Bréfritari: Sigríður Pálsdóttir
Viðtakandi: Páll Pálsson
Dagsetning: A-1849-08-02
Skrifað á: Hraungerði  Árn.
Páll var bróðir Sigríðar

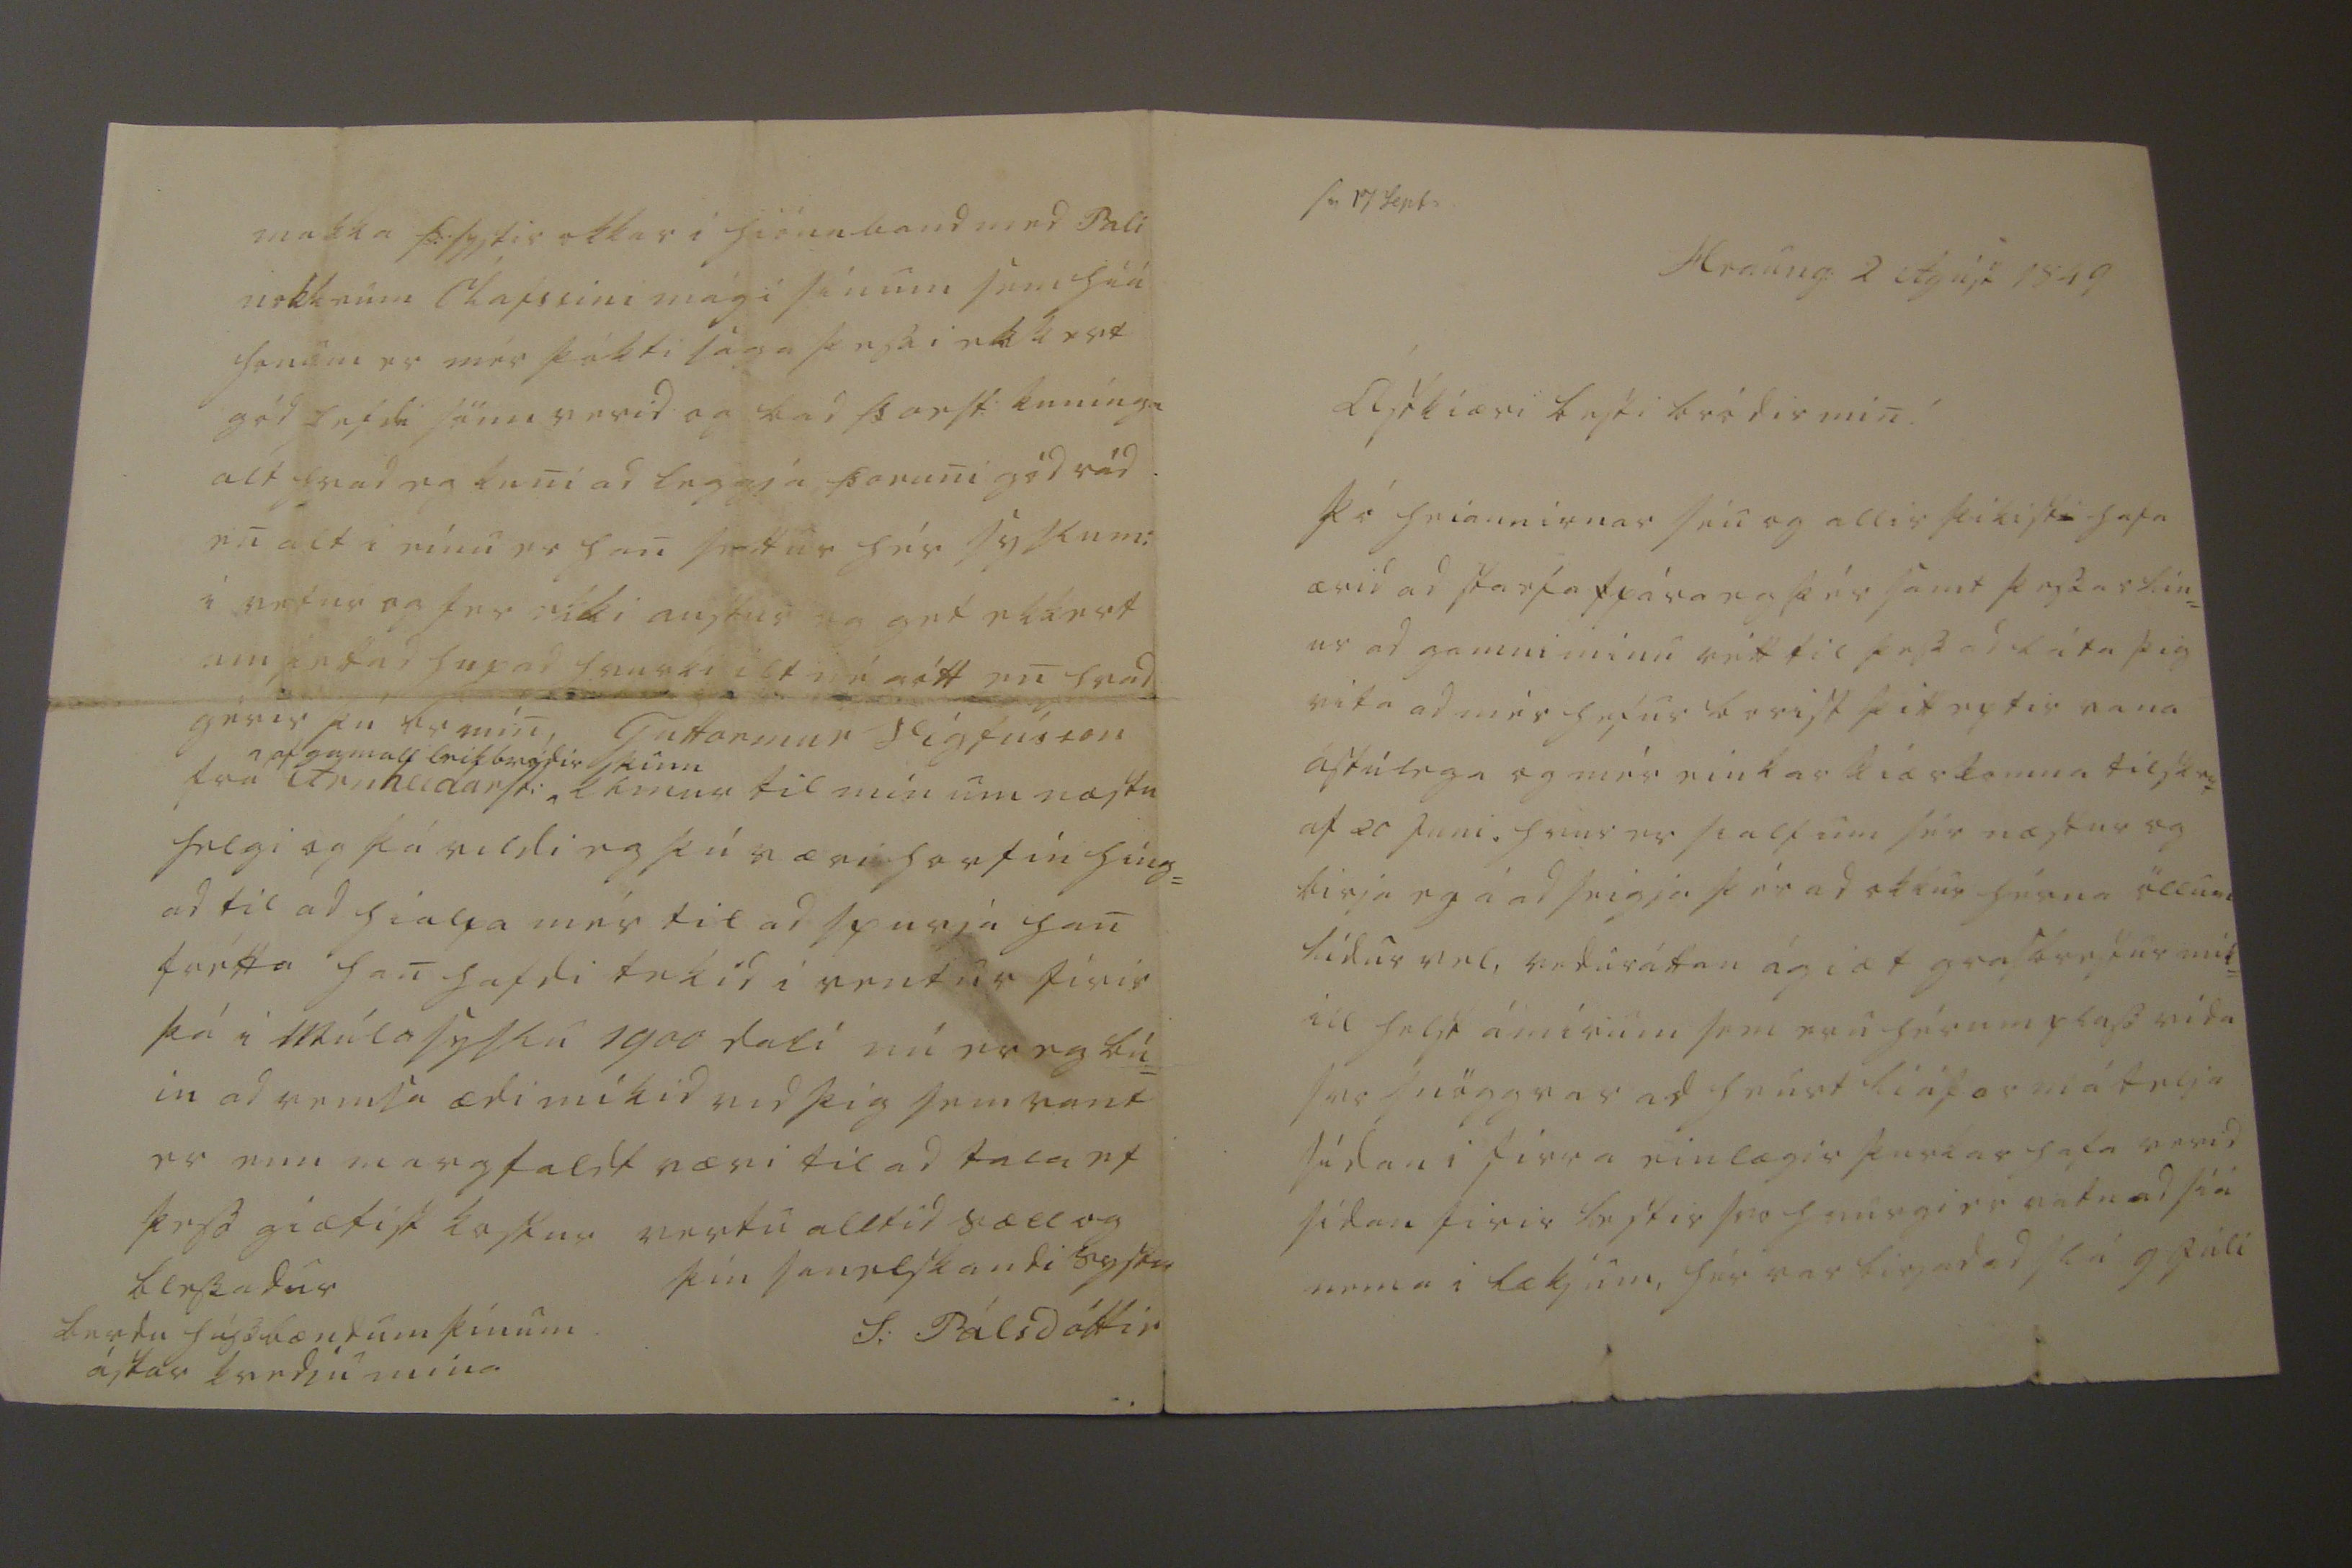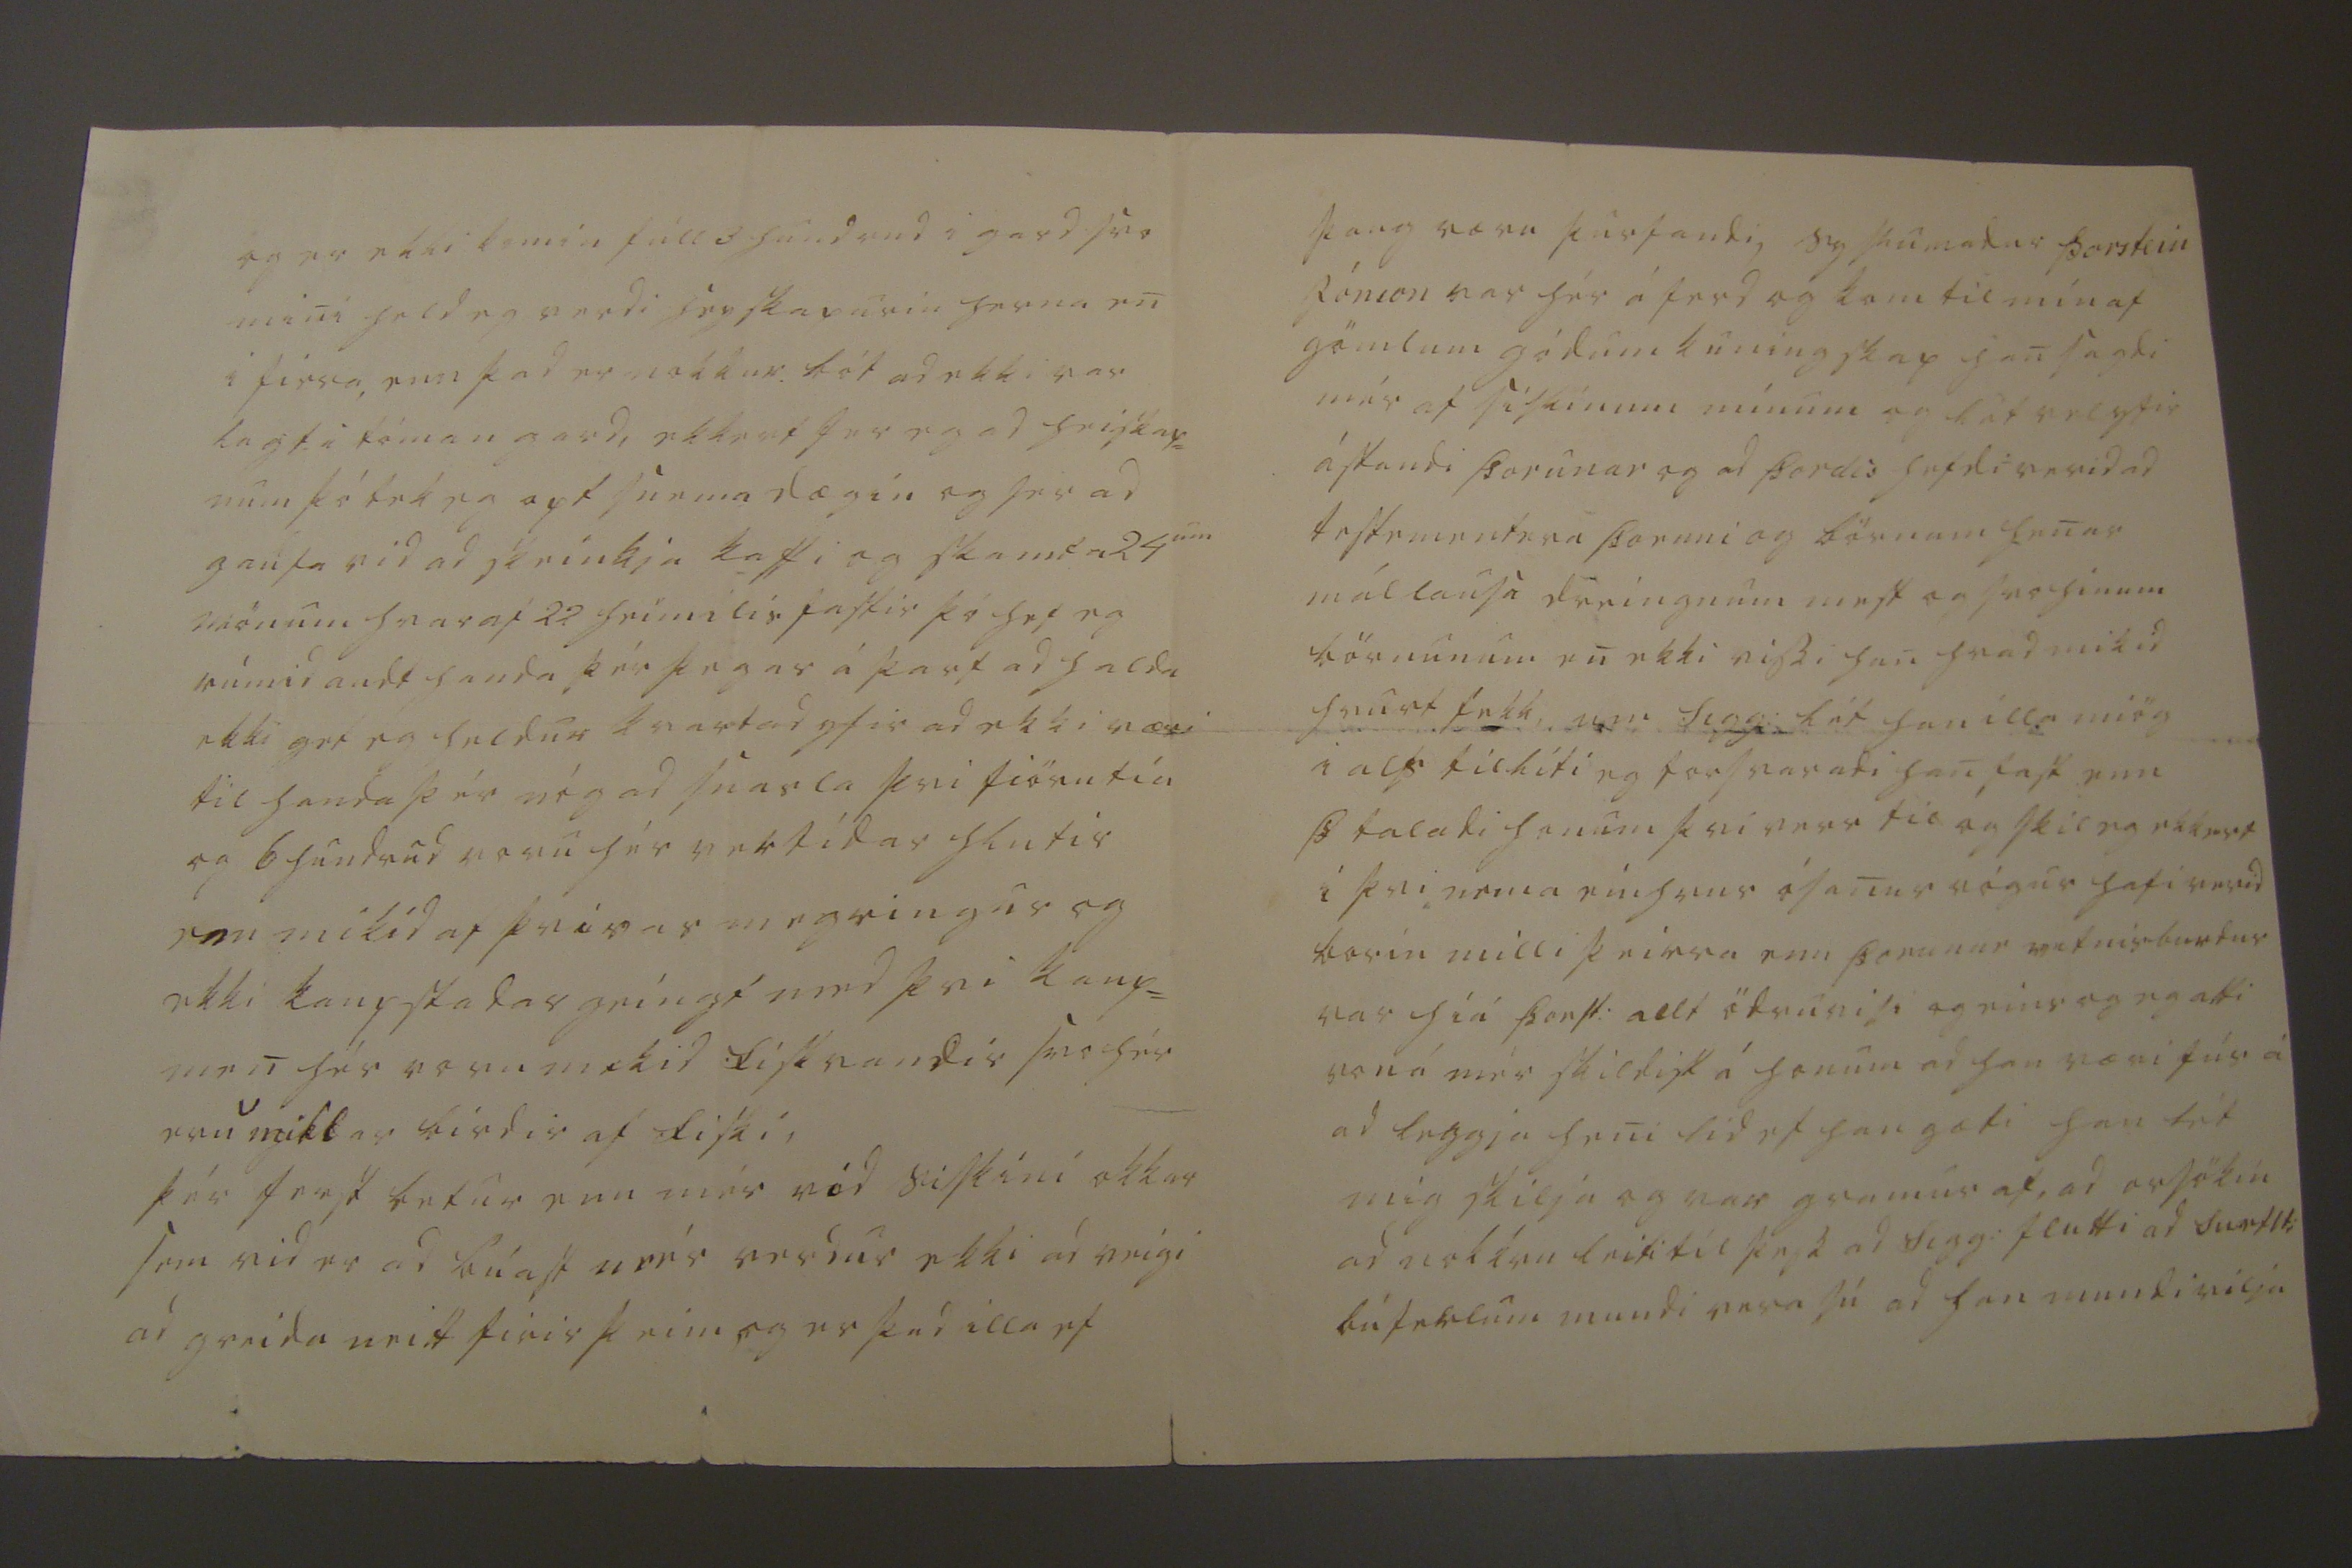

sv 17 Sept
Hraung: 2 Agúst 1849
Ástkiæri besti bródir min!
Þó heiannirnar séu og allir þikist hafa ærid ad starfa
s
pára eg þér samt þessar lín= ur ad gamni mínu rétt til þess ad láta þig vita ad mér hefur borist þitt eptir vana ástúlega og mér einkar kiærkomna tilskrif af 20 Juni, hvur er sialfum sér næstur og birja eg á ad seigja þér ad okkur hérna öllum lídur vel, veduráttan ágiæt grasbrestur mik= ill helst á mírum sem eru hér um plass vída svo snögg var ad hvurt liáform á telja sídan i firra einlægir þurkar hafa verid sídan firir
lestir
svo hvurgi er vatn ad siá nema i lækjum, hér var birjad ad slá 9 Júli
og er ekki komin fúll 3 hundrud i gard svo mini held eg verdi heyskapurin herna en i firra, enn þad er nokkur bót ad ekki var lagt i tóman gard, ekkert fer eg ad heiskap= num þó tek eg opt snema dægin og fer ad gaufa vid ad skeinkja kaffi og skamta 24
um
mönum hvaraf 22 heimilis fastir þó hef eg rúmid audt handa þér þegar á þarf ad halda ekki get eg heldur kvartad yfir ad ekki væri til handa þér nóg ad snarla þvi fiörutíu og 6 hundrud voru hér vertídar hlutir enn mikid af þvi var m
egringur
og ekki kaupstadar geíngst med þvi kaup= men hér voru mikid fiskvandir svo hér eru miklar bírdir af fiski, þér ferst betur enn mér vid siskini okkar sem vid er ad búast
mér
verdur ekki ad veigi ad greida neitt firir þeim og er þad illa ef
þaug væru þurfandi, syslumadur Þorstein Jonson var hér á ferd og kom til mín af gömlum gódum kuningskap han sagdi mér af siskinum mínum og lét vel yfir ástandi Þorunar og ad Þordis hefdi verid ad testementra Þoruni og börnum henar mállausa dreingnum mest og svo hinum börnunum en ekki vissi han hvad mikid hvurt fekk, um Sigg: lét han illa miög i als tillíti eg forsvaradi han fast enn Þ taladi honum þvi verr til og skil eg ekkert i þvi nema einhvur ósanur rógur hafi verid borin milli þeirra enn Þorunar vitnisburdur var hiá Þorst: allt ödruvisi og eins og eg atti von á mér skildist á honum ad han væri fús á ad leggja heni lid ef han gæti han lét mig skilja og var gramur af, ad orsökin ad nokkru leiti til þess ad Sigg: flutti ad
Surflti
búferlum mundi vera sú ad han mundi vilja
makka Þ: systir okkar i hiónaband med Pali nokkrum Ólafssini mági sínum sem hiá honum er mér þókti saga þessi ekkert gód hefdi sömu verid og bad Þorst: kunínga alt hvad eg kuni ad leggja Þoruni gód rád en alt i einu er han sestur hér syslum: i vetur og fer ekki austur eg get ekkert um þettad huxad hvurki ilt né
gótt
en hvad gérir þú br mín, Guttormur Vigússon frá Arnheidarst: ^
^ of gamall leik bródir þinn
kémur til mín um næstu helgi og þá vildi eg þú værir horfin híng= ad til ad hialpa mér til ad spurja han frétta han hafdi tekid i rentur firir þá i Múla syslu 1900 dali nú er eg bú= in ad
vemsa
ædi mikid vid þig sem vant er enn margfaldt væri til ad tala ef þess giæfist kostur vertu alltid sæll og blessadur
þín sanelskandi systir
S: Pálsdóttir
færdu húsbændum þínum ástar kvedju mína